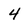
Character: 4